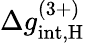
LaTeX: \Delta g_{\mathrm{int,\mathrm{H}}}^{(3+)}